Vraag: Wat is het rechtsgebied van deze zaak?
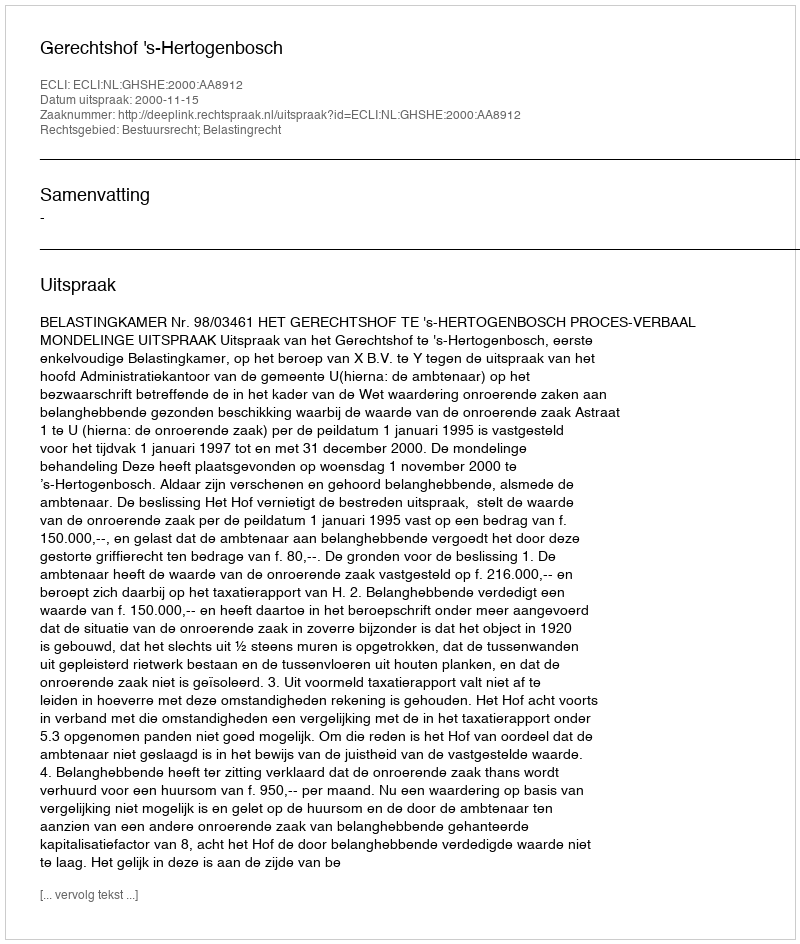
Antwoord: Bestuursrecht; Belastingrecht